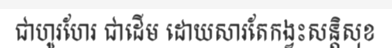
ជាហូរហែរ ជាដើម ដោយសារតែកង្វះសន្តិសុខ